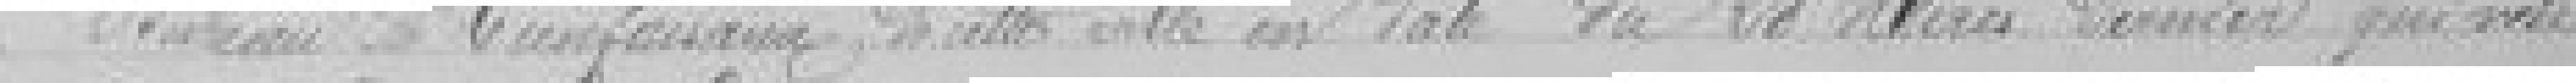
Bureau de Bienfaisance de cette ville en date du 28 mars dernier qui vote